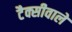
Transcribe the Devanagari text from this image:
टैक्सीवाले